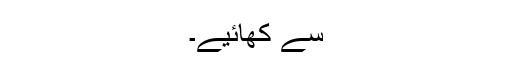
سے کھائیے۔